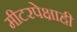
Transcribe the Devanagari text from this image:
मीटरपेक्षाही